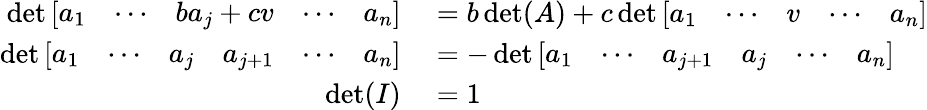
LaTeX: \begin{array}{rl}{\operatorname*{det}{\left[\begin{array}{lllll}{a_{1}}&{\cdots}&{ba_{j}+cv}&{\cdots}&{a_{n}}\end{array}\right]}}&{{}=b\operatorname*{det}(A)+c\operatorname*{det}{\left[\begin{array}{lllll}{a_{1}}&{\cdots}&{v}&{\cdots}&{a_{n}}\end{array}\right]}}\\ {\operatorname*{det}{\left[\begin{array}{llllll}{a_{1}}&{\cdots}&{a_{j}}&{a_{j+1}}&{\cdots}&{a_{n}}\end{array}\right]}}&{{}=-\operatorname*{det}{\left[\begin{array}{llllll}{a_{1}}&{\cdots}&{a_{j+1}}&{a_{j}}&{\cdots}&{a_{n}}\end{array}\right]}}\\ {\operatorname*{det}(I)}&{{}=1}\end{array}